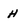
Character: H